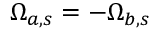
\Omega _ { a , s } = - \Omega _ { b , s }